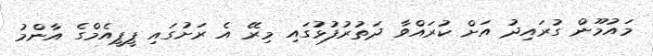
މައުމޫން ގުރައިދު އަށް ކުރައްވާ ދަތުރުފުޅުގައި މިރޭ އެ ރަށުގައި ޕީޕީއެމްގެ އާންމު